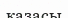
казасы